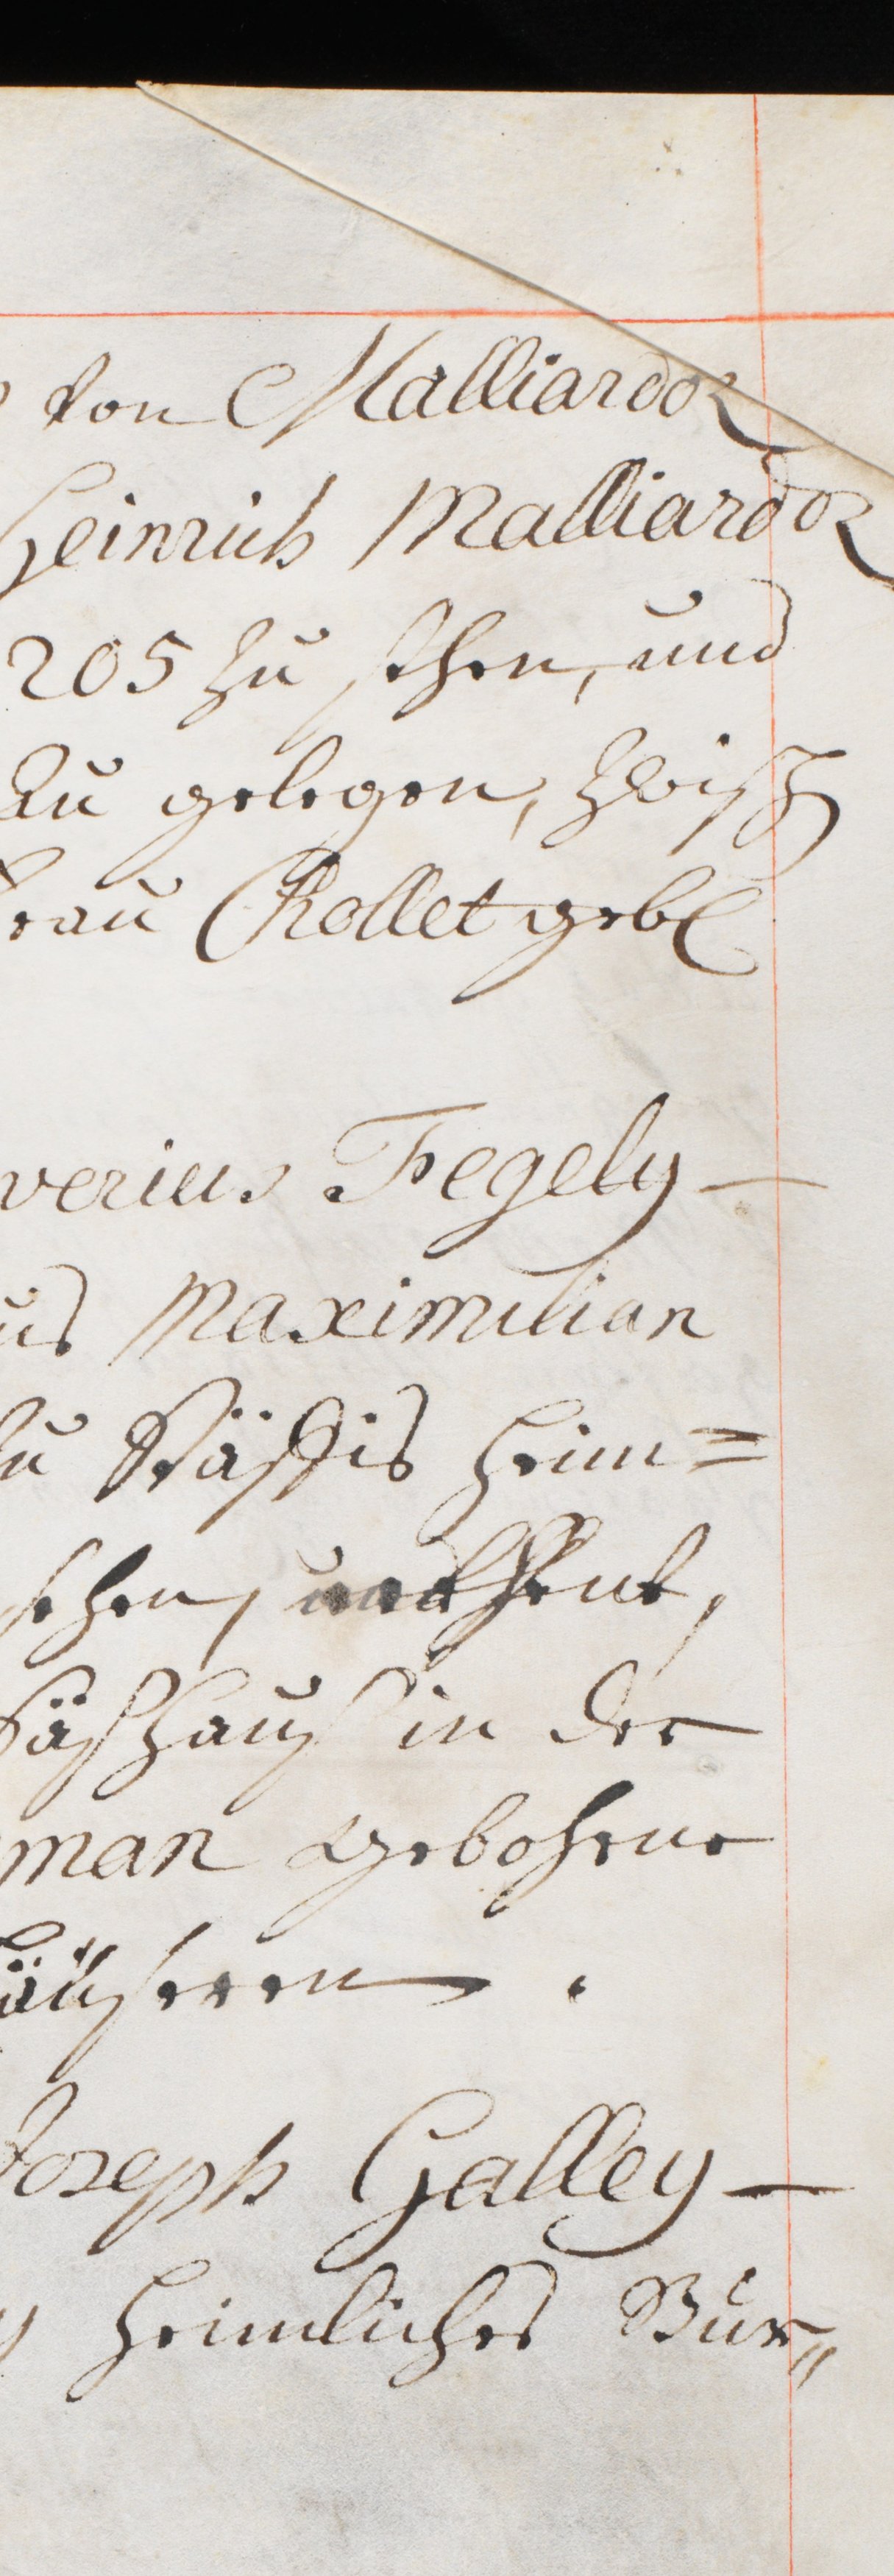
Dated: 1416–1769